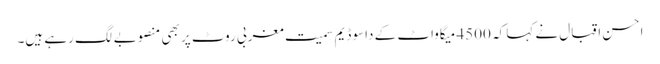
احسن اقبال نے کہا کہ 4500 میگاواٹ کے داسو ڈیم سمیت مغربی روٹ پر بھی منصوبے لگ رہے ہیں۔